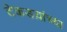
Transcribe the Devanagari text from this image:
टेकडय़ांच्या